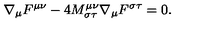
\nabla _ { \mu } F ^ { \mu \nu } - 4 M _ { \sigma \tau } ^ { \mu \nu } \nabla _ { \mu } F ^ { \sigma \tau } = 0 .